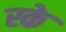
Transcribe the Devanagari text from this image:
स्के